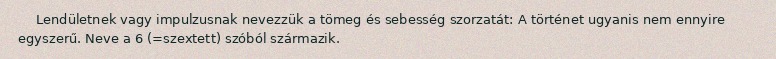
Lendületnek vagy impulzusnak nevezzük a tömeg és sebesség szorzatát: A történet ugyanis nem ennyire egyszerű. Neve a 6 (=szextett) szóból származik.